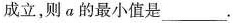
成立，则a的最小值是______.